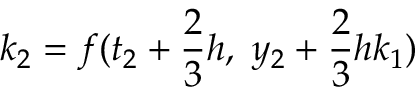
k _ { 2 } = f ( t _ { 2 } + { \frac { 2 } { 3 } } h , \ y _ { 2 } + { \frac { 2 } { 3 } } h k _ { 1 } )